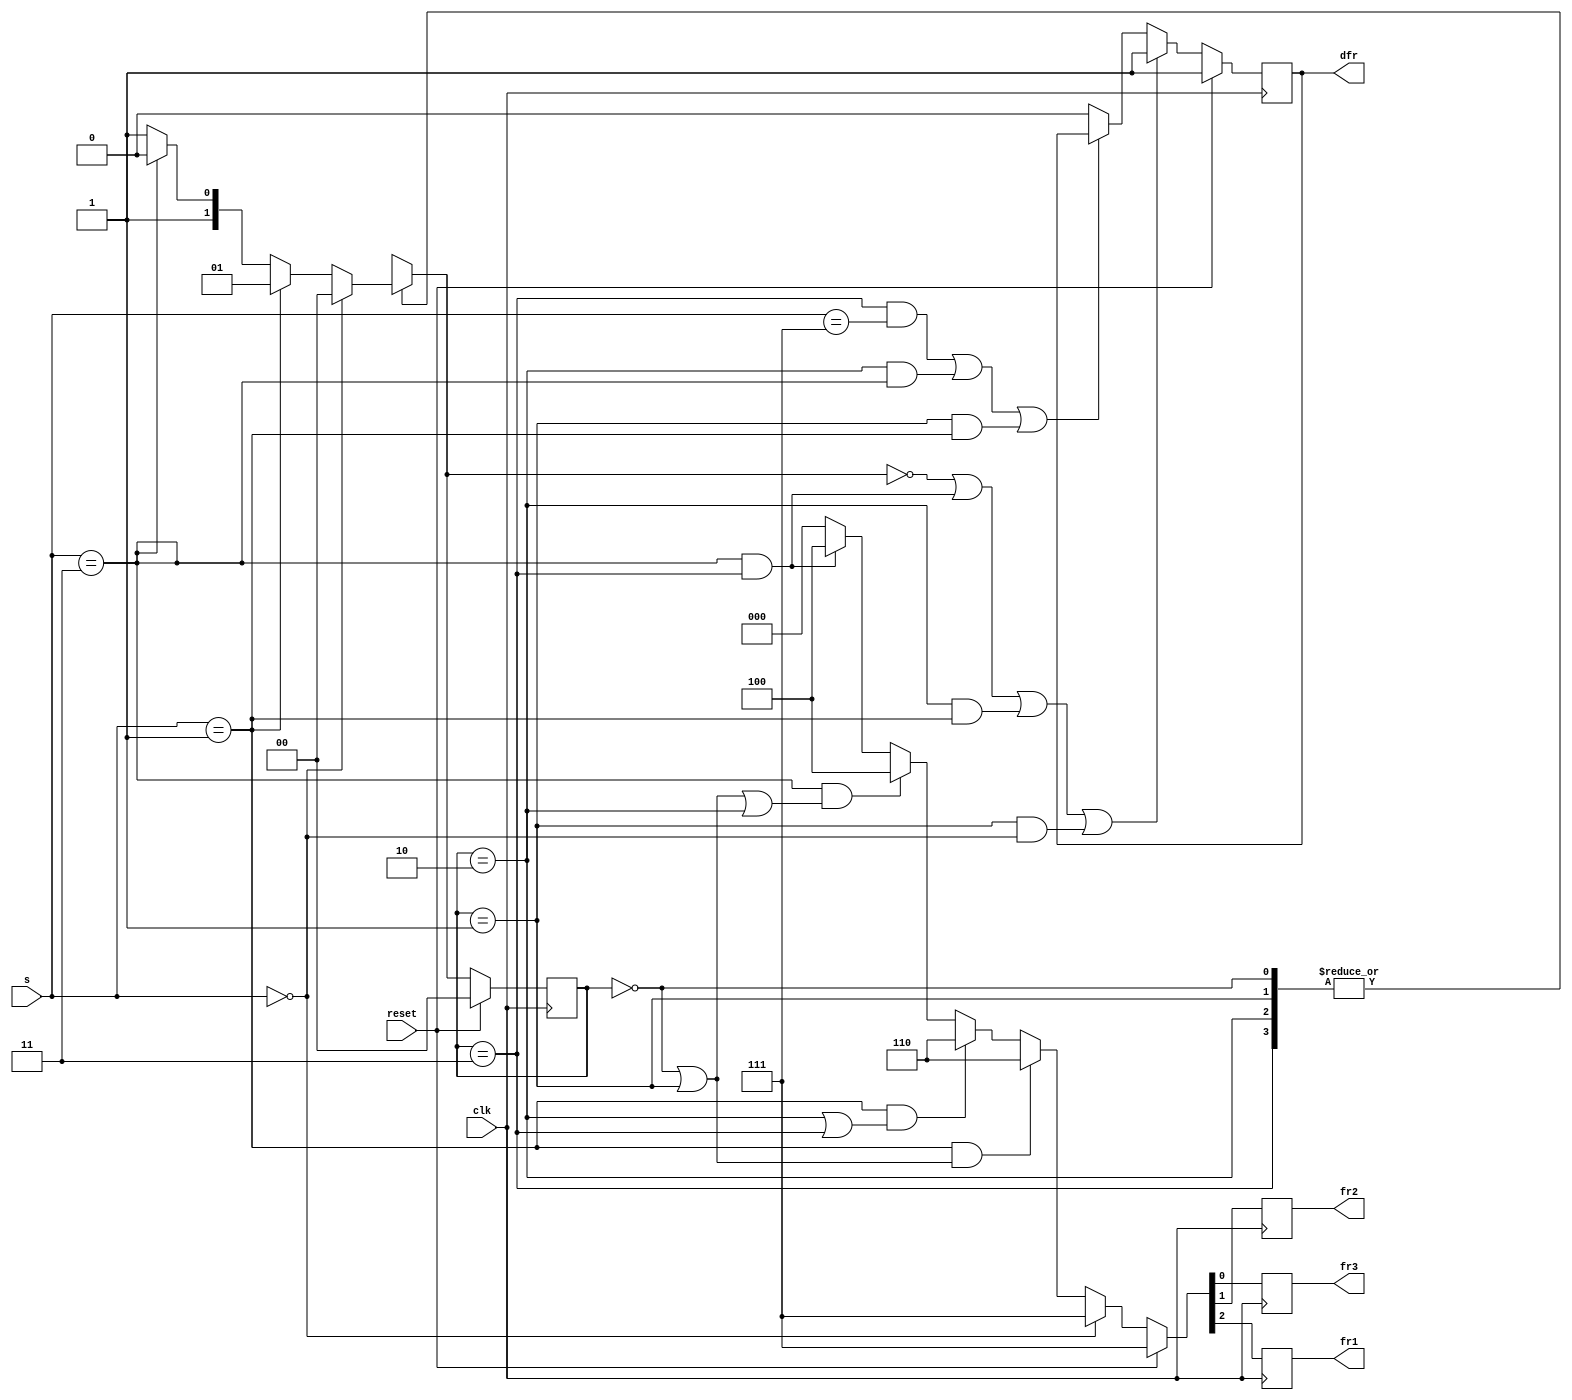
module top_module (
    input clk,
    input reset,
    input [3:1] s,
    output fr3,
    output fr2,
    output fr1,
    output dfr
); 
    reg [1:0] state, next_state;
    parameter s0=2'b00, s1=2'b01, s2=2'b10, s3=2'b11;
    always @ (posedge clk) begin
        if (reset)
            state <= s0;
        else
            state <= next_state;
    end
    
    always @ (*) begin
        case (state)
            s0: next_state = (s==3'b000)? s0:
                (s==3'b001)? s1:
                (s==3'b011)? s2: s3;
            s1: next_state = (s==3'b000)? s0:
                (s==3'b001)? s1:
                (s==3'b011)? s2: s3;
            s2: next_state = (s==3'b000)? s0:
                (s==3'b001)? s1:
                (s==3'b011)? s2: s3;
            s3: next_state = (s==3'b000)? s0:
                (s==3'b001)? s1:
                (s==3'b011)? s2: s3;
        endcase
    end
    
    always @ (posedge clk) begin
        if (reset)begin
            {fr1,fr2,fr3,dfr}<=4'b1111;
        end
        else begin
        {fr1, fr2, fr3} <= (s == 3'b000)? 3'b111:
        (s == 3'b001 && (state == s0 || state == s1))? 3'b110:
        (s == 3'b001 && (state == s2 || state == s3))? 3'b110:
        (s == 3'b011 && (state == s0 || state == s1 || state == s2))? 3'b100:
        (s == 3'b011 && (state == s3))? 3'b100:
        (s == 3'b111)? 3'b000 : 3'b000;
            dfr <= ((next_state == s0) || (state == s3 && s==3'b011)||(state == s2 && s==3'b001)|| (state == s1 && s == 3'b000))? 1:
            ((state == s3 && s == 3'b111 )|| (state == s2 && s==3'b011) || (state ==s1 && s == 3'b001))? dfr:0;
    	end
    end
endmodule